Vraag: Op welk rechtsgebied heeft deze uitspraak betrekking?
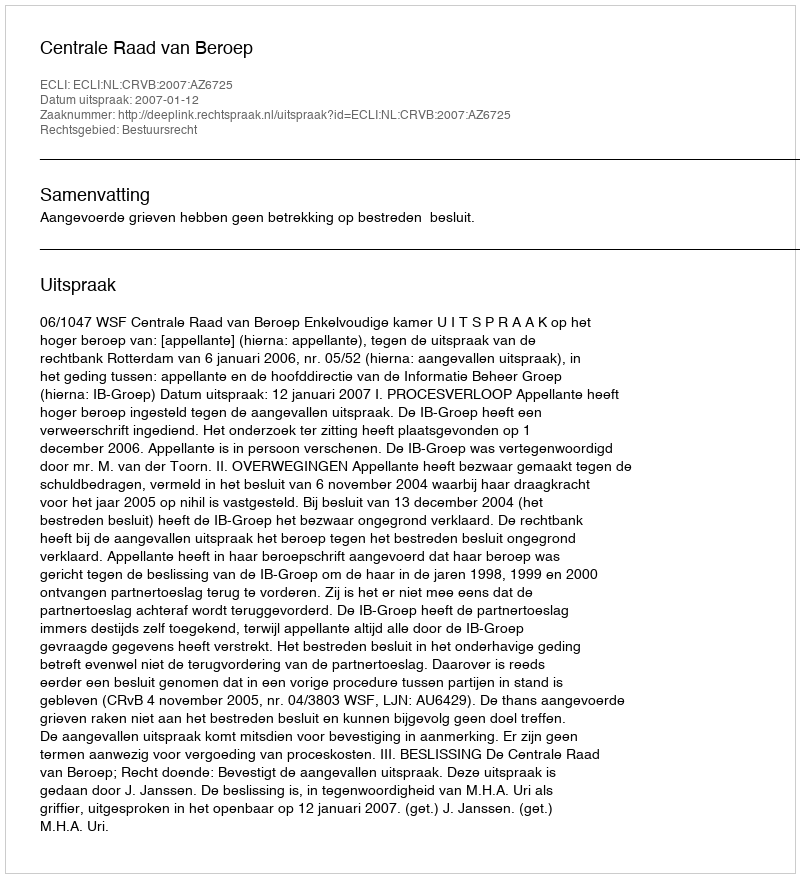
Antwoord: Bestuursrecht